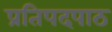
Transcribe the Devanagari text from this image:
प्रतिपदपाठ